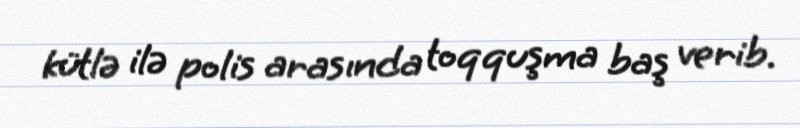
kütlə ilə polis arasında toqquşma baş verib.